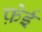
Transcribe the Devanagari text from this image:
फ़ेई